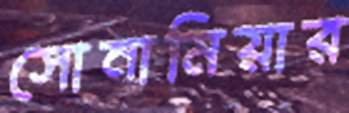
সোনামিয়ার